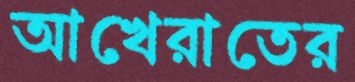
আখেরাতের